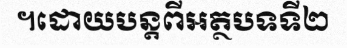
។ដោយបន្តពីអត្ថបទទី២